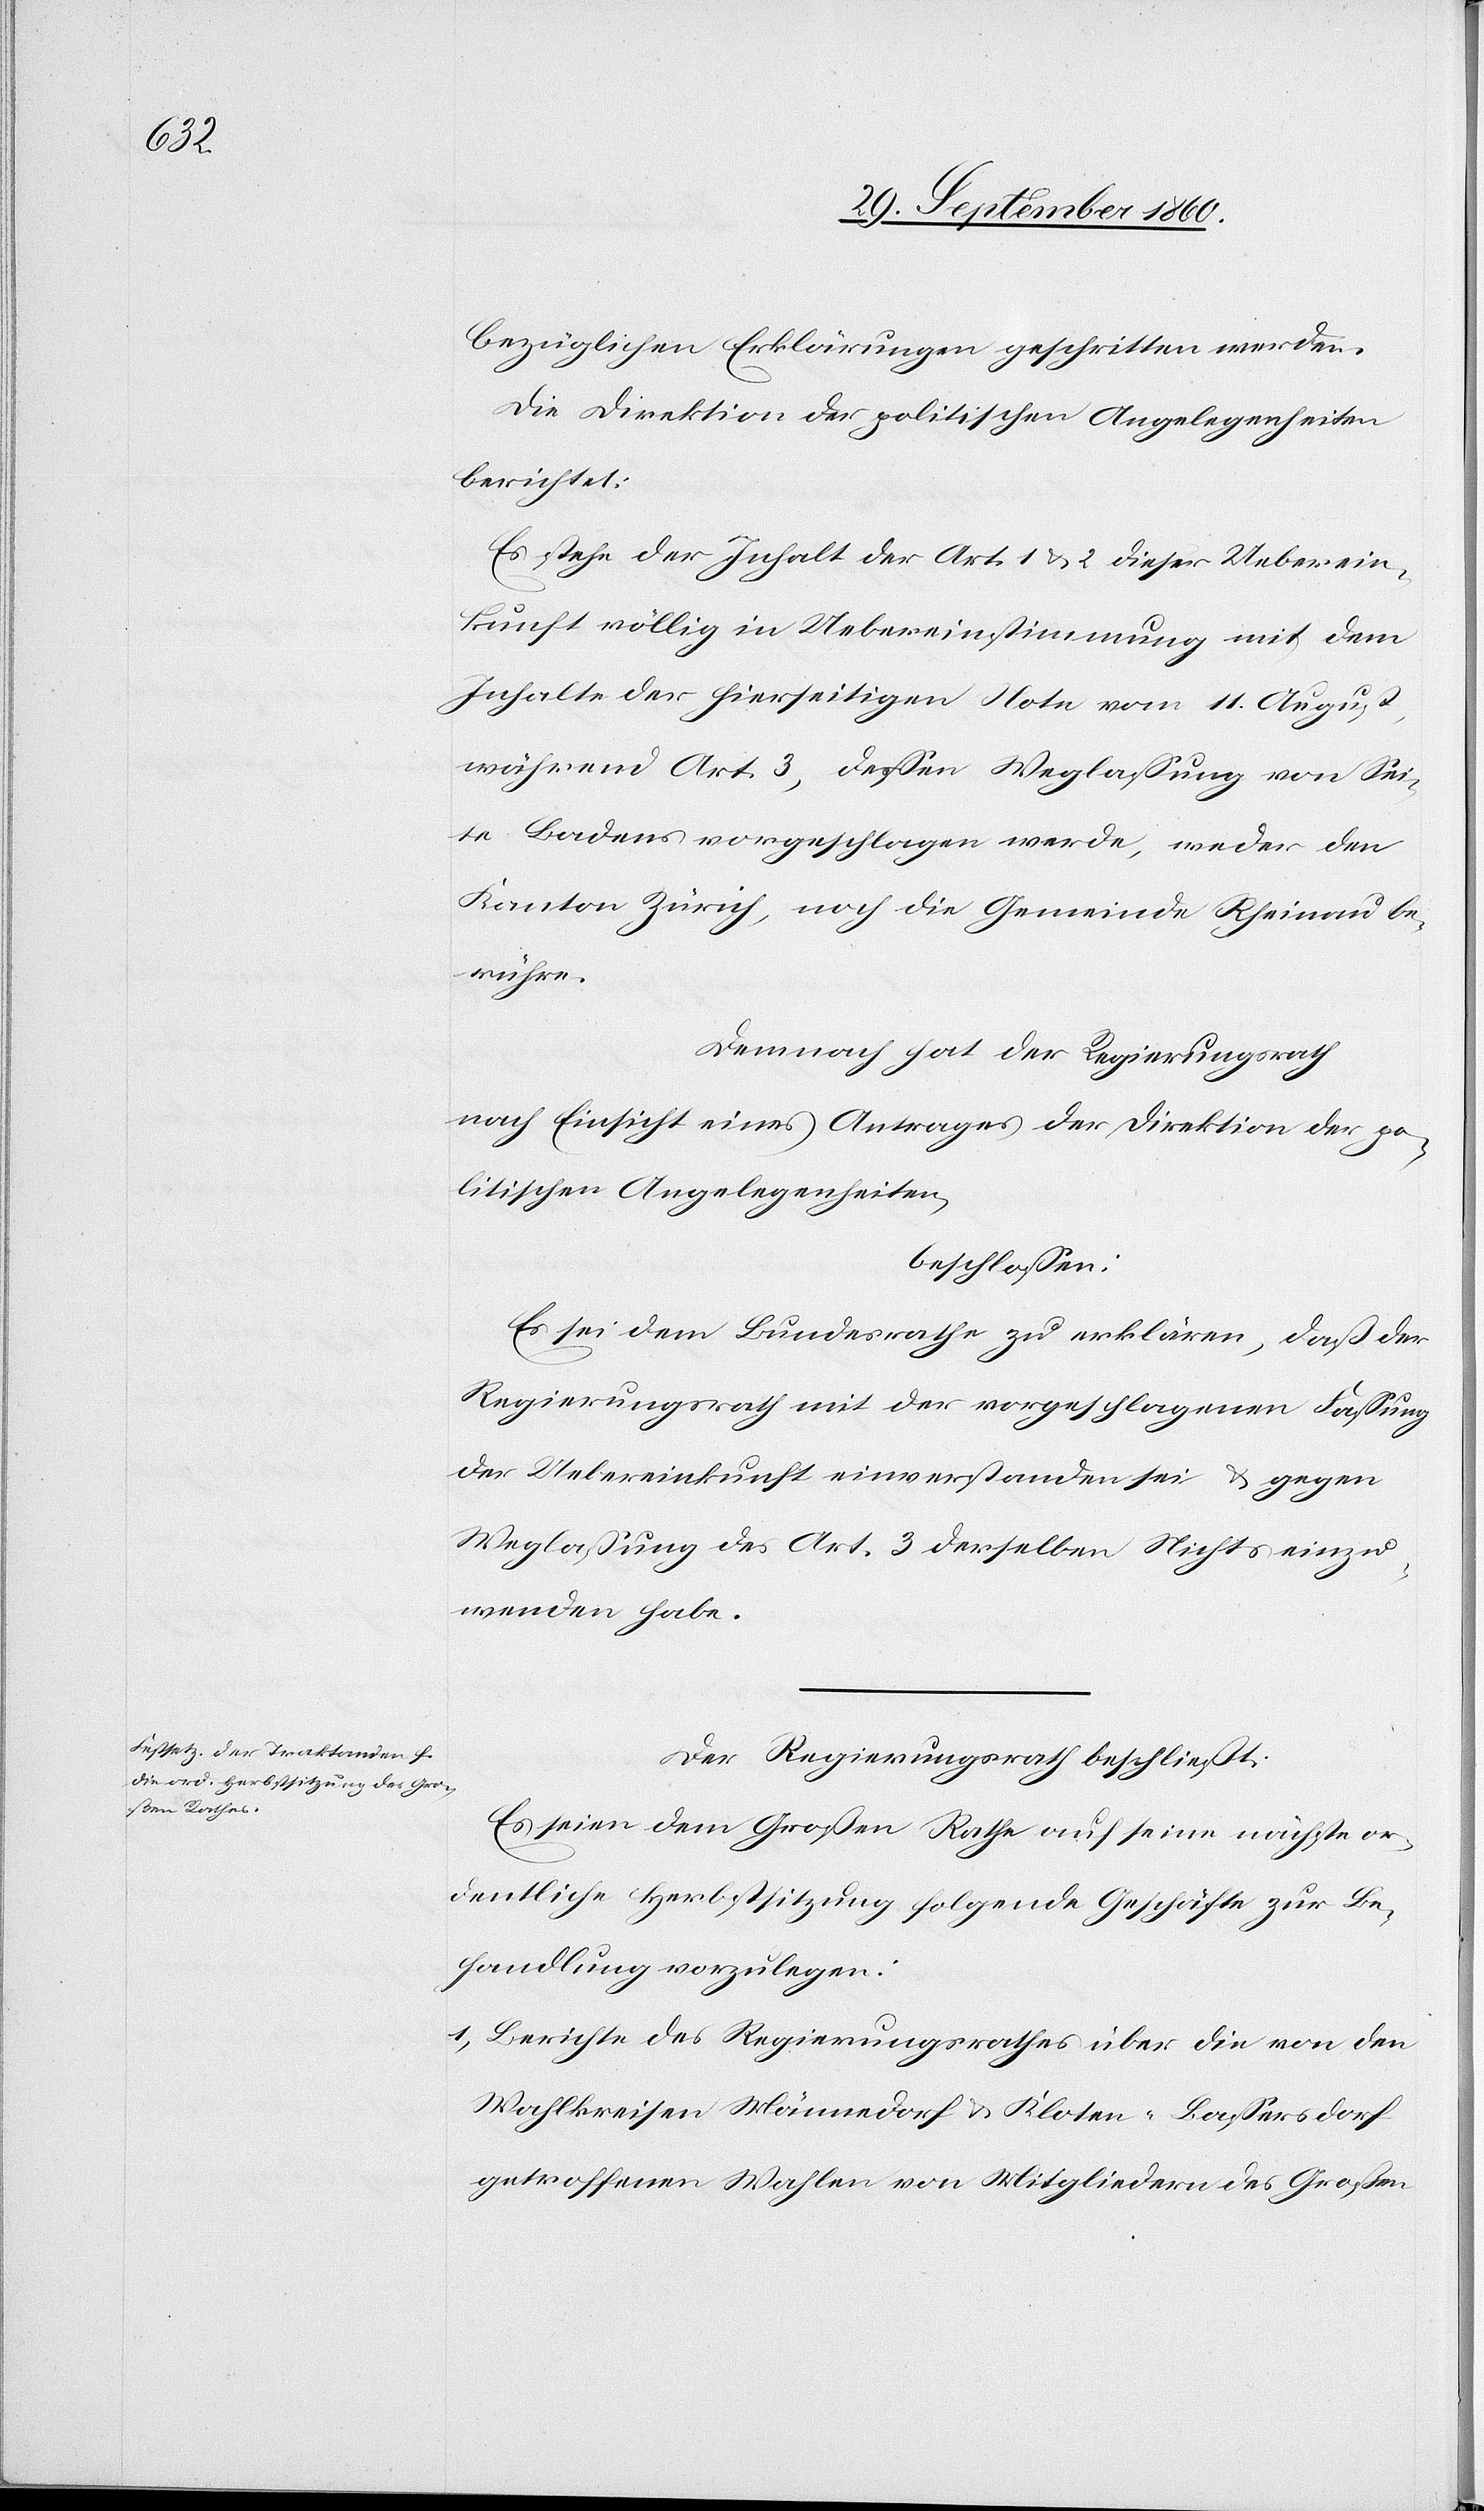
habe.

bezüglichen Erklärungen geschritten werden.
Die Direktion der politischen Angelegenheiten
berichten
Es stehe der Inhalt der Art. 1 u. 2 dieser Ueberein¬
kunft völlig in Uebereinstimmung mit dem
Inhalte der hierseitigen Nota vom 11. August,
während Art. 3, dessen Weglassung von Sei¬
te Badens vorgeschlagen werde, weder den
Kanton Zürich, noch die Gemeinde Rheinau be¬
rühre.
Demnach hat der Regierungsrath
nach Einsicht eines Antrages der Direktion der po¬
litischen Angelegenheiten,
beschlossen:
Es sei dem Bundesrathe zu erklären, daß der
Regierungsrath mit der vorgeschlagenen Fassung
der Uebereinkunft einverstanden sei & gegen
Weglassung des Art. 3 derselben Nichts einzu¬
Der Regierungsrath beschließt:
Es seien dem Großen Rathe auf seine nächste or¬
dentliche Herbstsitzung folgende Geschäfte zur Be¬
handlung vorzulegen:
1. Berichte des Regierungsrathes über die von den
Wahlkreisen Männedorf & Kloten-Bassersdorf
getroffenen Wahlen von Mitgliedern des Großen